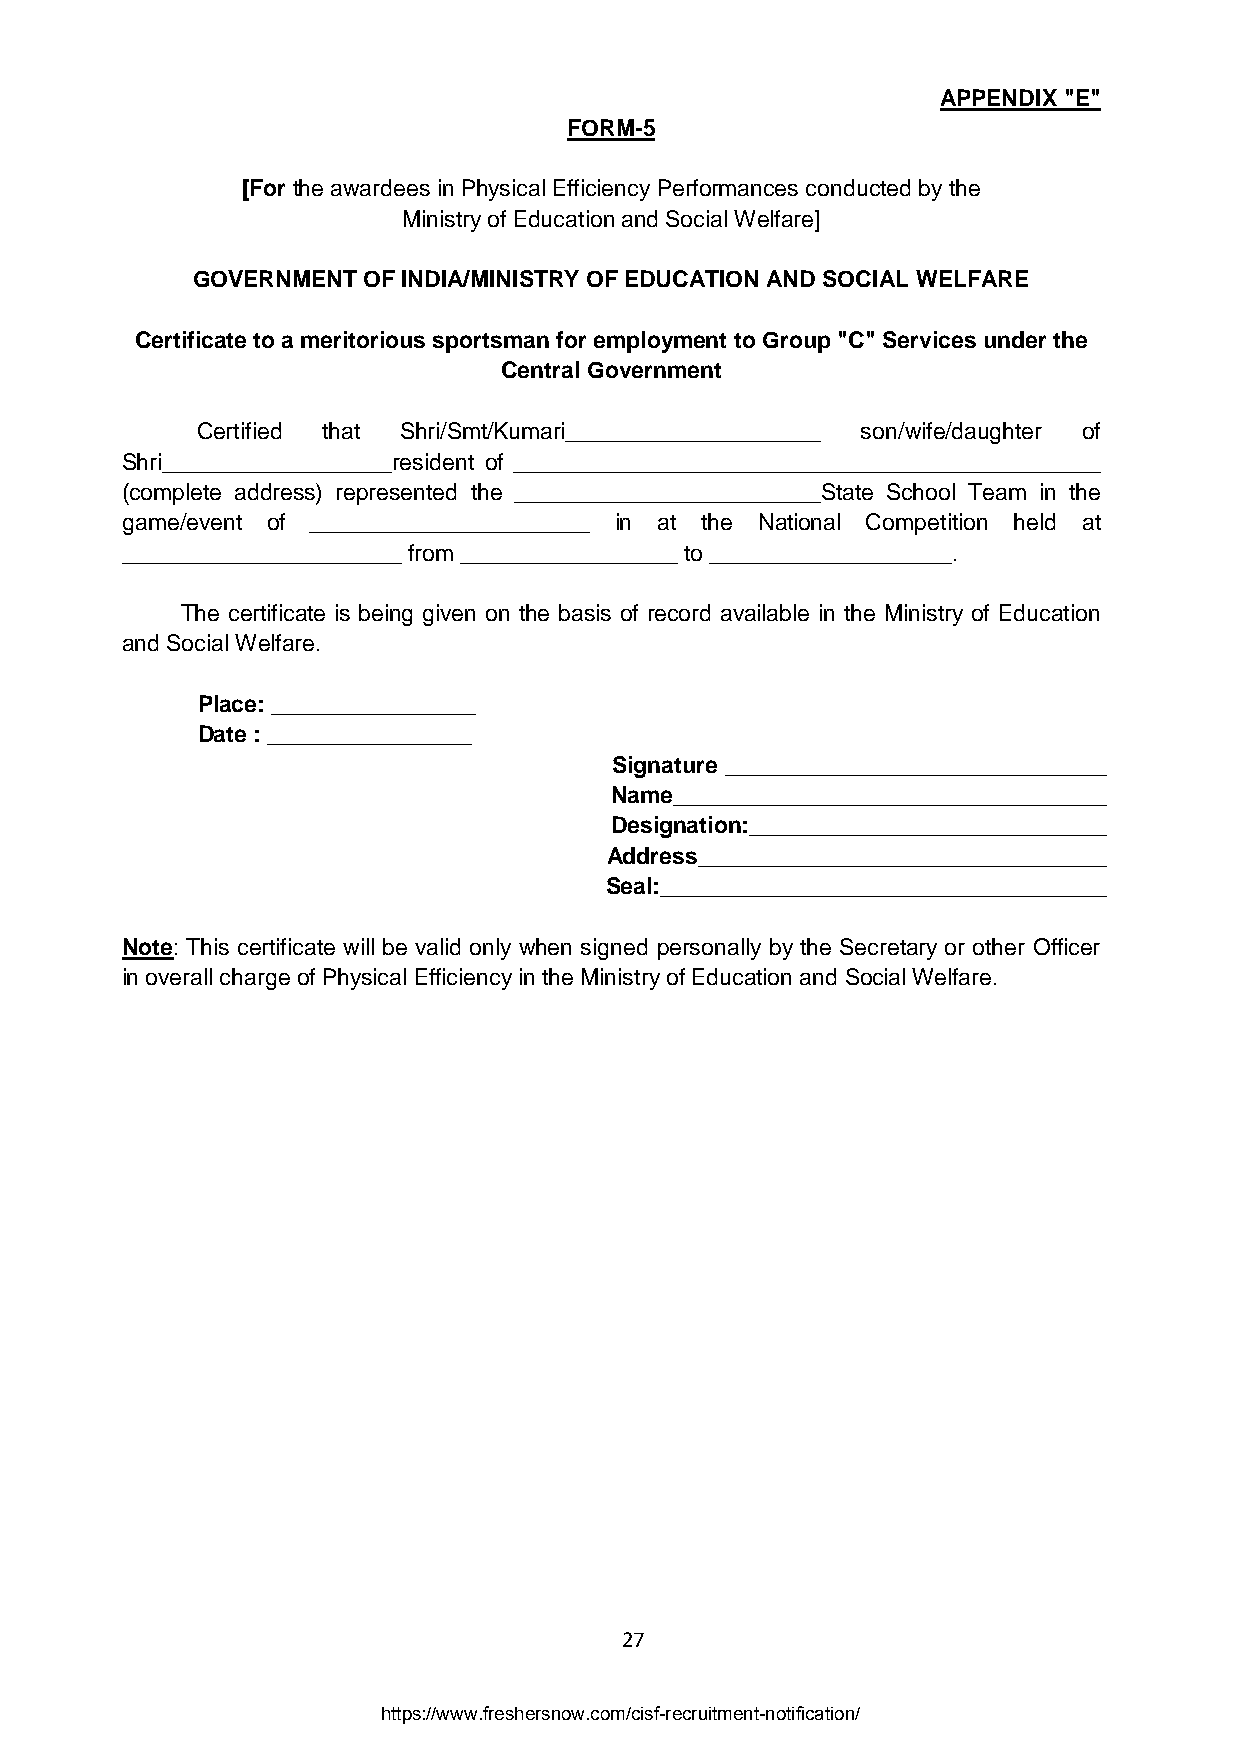
APPENDIX "E"
 FORM-5
 [For the awardees in Physical Efficiency Performances conducted by the
 Ministry of Education and Social Welfare]
 GOVERNMENT OF INDIA/MINISTRY OF EDUCATION AND SOCIAL WELFARE
 Certificate to a meritorious sportsman for employment to Group "C" Services under the
 Central Government
 Certified that Shri/Smt/Kumari____________________ son/wife/daughter of
 Shri__________________resident of ______________________________________________
 (complete address) represented the ________________________State School Team in the
 game/event of ______________________ in at the National Competition held at
 ______________________ from _________________ to ___________________.
 The certificate is being given on the basis of record available in the Ministry of Education
 and Social Welfare.
 Place: ________________
 Date : ________________
 Signature ______________________________
 Name__________________________________
 Designation:____________________________
 Address________________________________
 Seal:___________________________________
 Note: This certificate will be valid only when signed personally by the Secretary or other Officer
 in overall charge of Physical Efficiency in the Ministry of Education and Social Welfare.
 27
 https://www.freshersnow.com/cisf-recruitment-notification/